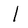
Character: l